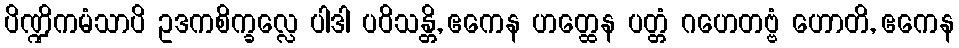
ပိဏ္ဍိကမံသာပိ ဥဒကစိက္ခလ္လေ ပါဒါ ပဝိသန္တိ, ဧကေန ဟတ္ထေန ပတ္တံ ဂဟေတဗ္ဗံ ဟောတိ, ဧကေန